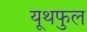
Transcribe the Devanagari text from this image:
यूथफुल